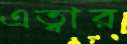
এত্বার